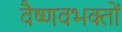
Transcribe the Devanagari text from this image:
वैष्णवभक्तों